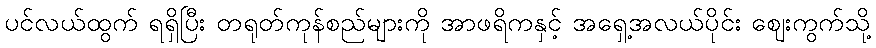
ပင်လယ်ထွက် ရရှိပြီး တရုတ်ကုန်စည်များကို အာဖရိကနှင့် အရှေ့အလယ်ပိုင်း ဈေးကွက်သို့